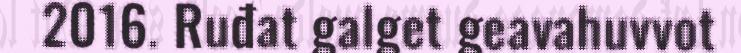
2016. Ruđat galget geavahuvvot